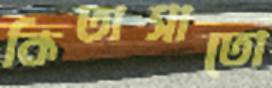
কিতাসাতো